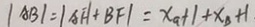
\vert A B \vert = \vert A F \vert + B F \vert = x _ { a } + 1 + x _ { B } + 1